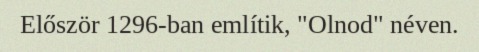
Először 1296-ban említik, "Olnod" néven.